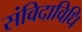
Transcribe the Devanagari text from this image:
संविदाविधि